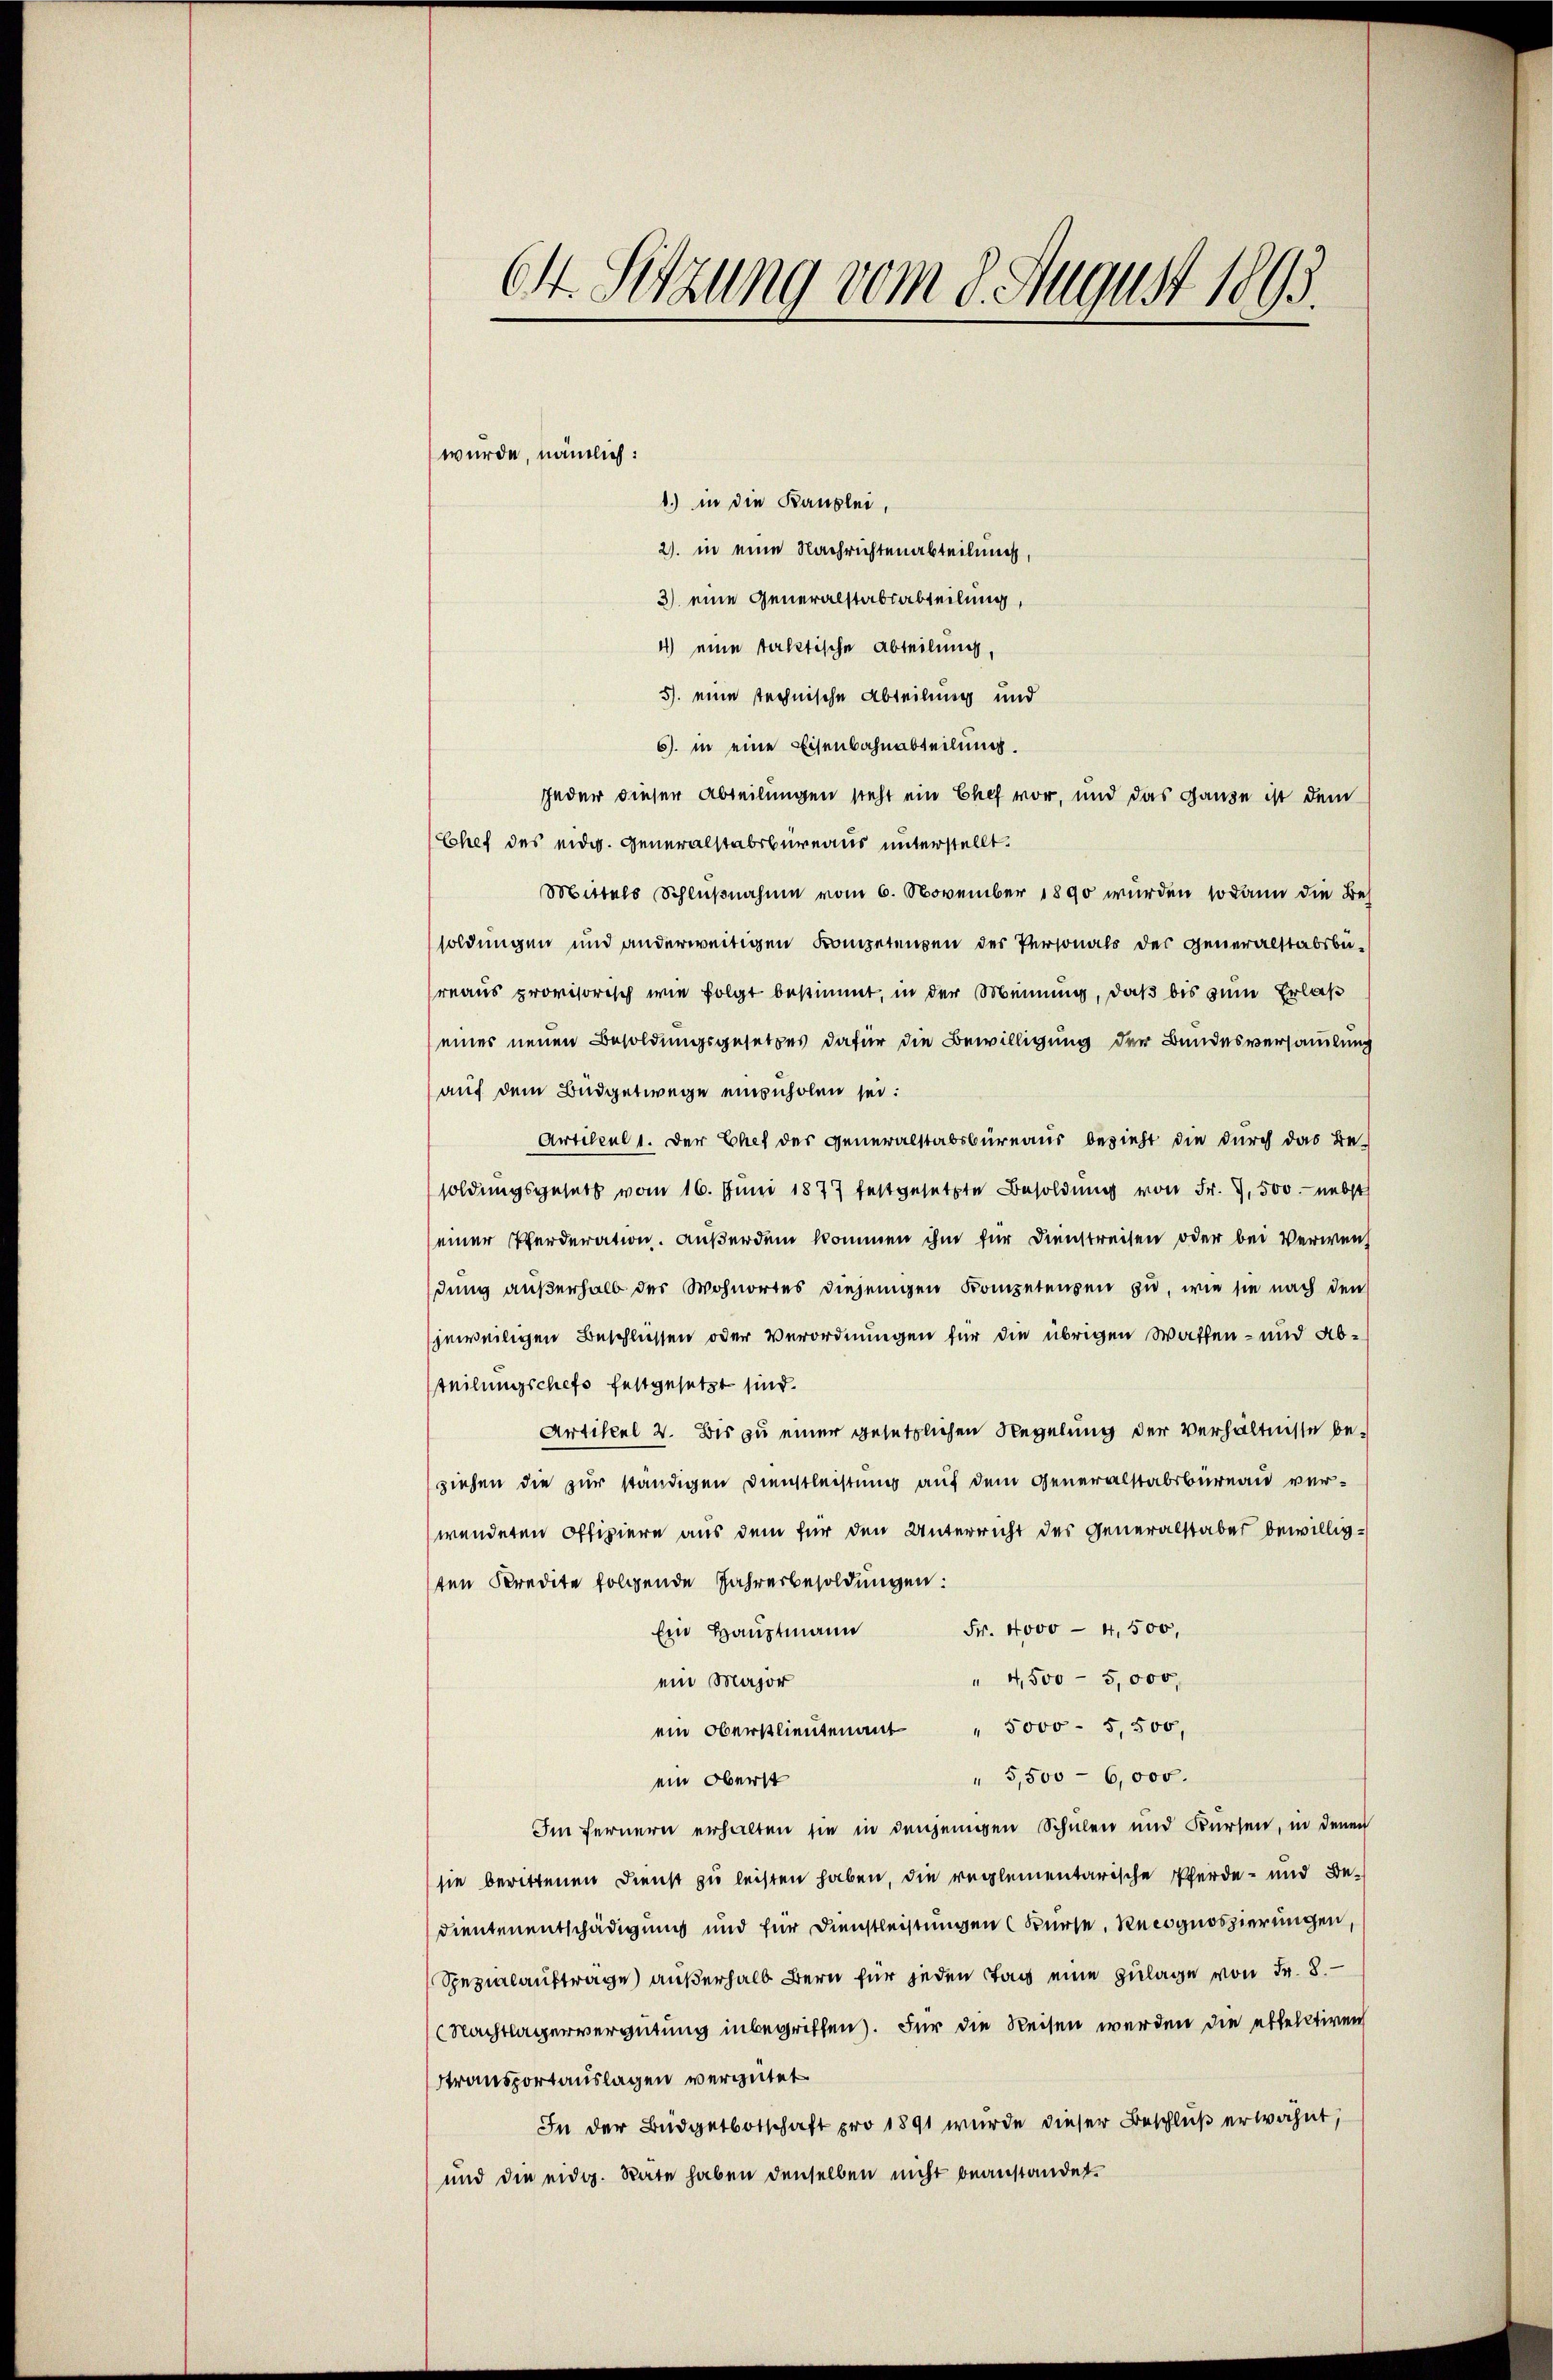
St. Sitzung vom 8. August 1895.

wurde, nämlich:
1.) in die Kanzlei,
2. in eine Nachrichtenabteilung,
3) eine Generalstabsabteilung,
4) eine faktische Abteilung,
5. eine technische Abteilung und
6) in eine Eisenbahnabteilung.
jeder dieser Abteilungen steht ein Chef vor, und das Ganze ist dem
Chef des eidg. Generalstabsbureaus unterstellt.
Mittels Schlußnahme vom 6. November 1890 wurden sodann die Bes
soldungen und anderweitigen Kompetenzen der Personals der Generalstabsbureaus provisorisch wie folgt bestimmt, in der Meinung, daß bis zum Erlaß
einer neuen Besoldungsgesetzes dafür die Bewilligung der Bundesversammlung
(auf dem Budgetwege einzuholen sei.
Artikel 1. Der Chef des Generalstabsbureaus bezieht die durch das Be-
soldungsgesetz vom 16. Juni 1877 festgesetzte Besoldŭng von Fr. 7. 500. nebst
seiner Pferderation. Außerdem kommen ihm für Dienstreisen oder bei Verwendung außerhalb der Wohnortes diejenigen Kompetenzen zu, wie sie nach den
jeweiligen Beschlüssen oder Verordnungen für die übrigen Watten- und Absteilungschefs festgesetzt sind.
Artikel 2. Bis zu einer gesetzlichen Regelung der Verhältnisse beziehen die zur ständigen Dienstleistung auf dem Generalstabsbureau verwenderen Offiziere aus dem für den Unterricht des Generalstaber bewilligten Kredite folgende Jahresbesoldungen:
Fr. 4000 - 4,500,
Ein Hauptmann
" 4,500 - 5,000,
ein Major
ein Oberstlieutenant " 5000 - 5,500,
" 5,500 - 6,000.
ein Oberst
Im fernern erhalten sie in denjenigen Schulen und Bürsen, in denen
sie berittenen Dienst zu leisten haben, die reglementarische Pferde- und Be-
dientenentschädigung und für Dienstleistungen (Bürse, Recognoszierungen,
Spezialaufträge außerhalb Bern für jeden Tag eine Zulage von Fr. 8.
Nachtlagervergütung inbegriffen). Für die Reisen werden die estelltiven
transportauslagen vergütet
In der Büdgetbotschaft pro 1891 wurde dieser Beschluß erwähnt,
und die eidg. Rate haben denselben nicht beanstandet.